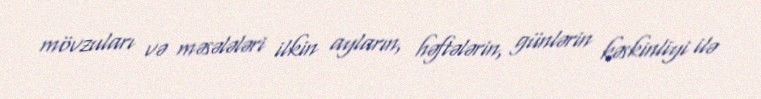
mövzuları və məsələləri ilkin ayların, həftələrin, günlərin kəskinliyi ilə